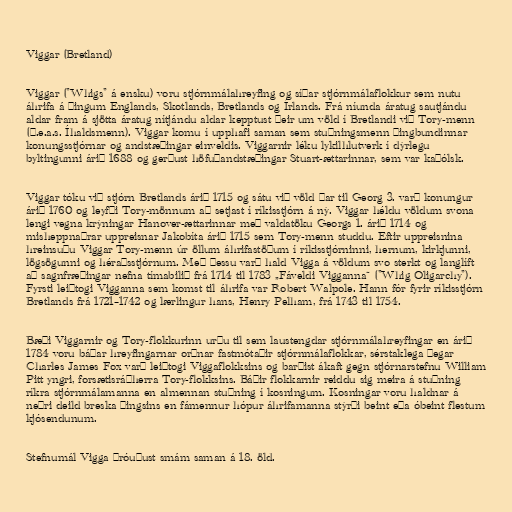
Viggar (Bretland)

Viggar ("Whigs" á ensku) voru stjórnmálahreyfing og síðar stjórnmálaflokkur sem nutu
áhrifa á þingum Englands, Skotlands, Bretlands og Írlands. Frá níunda áratug sautjándu
aldar fram á sjötta áratug nítjándu aldar kepptust þeir um völd í Bretlandi við Tory-menn
(þ.e.a.s. Íhaldsmenn). Viggar komu í upphafi saman sem stuðningsmenn þingbundinnar
konungsstjórnar og andstæðingar einveldis. Viggarnir léku lykilhlutverk í dýrlegu
byltingunni árið 1688 og gerðust höfuðandstæðingar Stuart-ættarinnar, sem var kaþólsk.

Viggar tóku við stjórn Bretlands árið 1715 og sátu við völd þar til Georg 3. varð konungur
árið 1760 og leyfði Tory-mönnum að setjast í ríkisstjórn á ný. Viggar héldu völdum svona
lengi vegna krýningar Hanover-ættarinnar með valdatöku Georgs 1. árið 1714 og
misheppnaðrar uppreisnar Jakobíta árið 1715 sem Tory-menn studdu. Eftir uppreisnina
hreinsuðu Viggar Tory-menn úr öllum áhrifastöðum í ríkisstjórninni, hernum, kirkjunni,
lögsögunni og héraðsstjórnum. Með þessu varð hald Vigga á völdum svo sterkt og langlíft
að sagnfræðingar nefna tímabilið frá 1714 til 1783 „Fáveldi Vigganna“ ("Whig Oligarchy").
Fyrsti leiðtogi Vigganna sem komst til áhrifa var Robert Walpole. Hann fór fyrir ríkisstjórn
Bretlands frá 1721–1742 og lærlingur hans, Henry Pelham, frá 1743 til 1754.

Bæði Viggarnir og Tory-flokkurinn urðu til sem laustengdar stjórnmálahreyfingar en árið
1784 voru báðar hreyfingarnar orðnar fastmótaðir stjórnmálaflokkar, sérstaklega þegar
Charles James Fox varð leiðtogi Viggaflokksins og barðist ákaft gegn stjórnarstefnu William
Pitt yngri, forsætisráðherra Tory-flokksins. Báðir flokkarnir reiddu sig meira á stuðning
ríkra stjórnmálamanna en almennan stuðning í kosningum. Kosningar voru haldnar á
neðri deild breska þingsins en fámennur hópur áhrifamanna stýrði beint eða óbeint flestum
kjósendunum.

Stefnumál Vigga þróuðust smám saman á 18. öld.